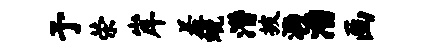
予荣岸羞蜕潜披泐潘画